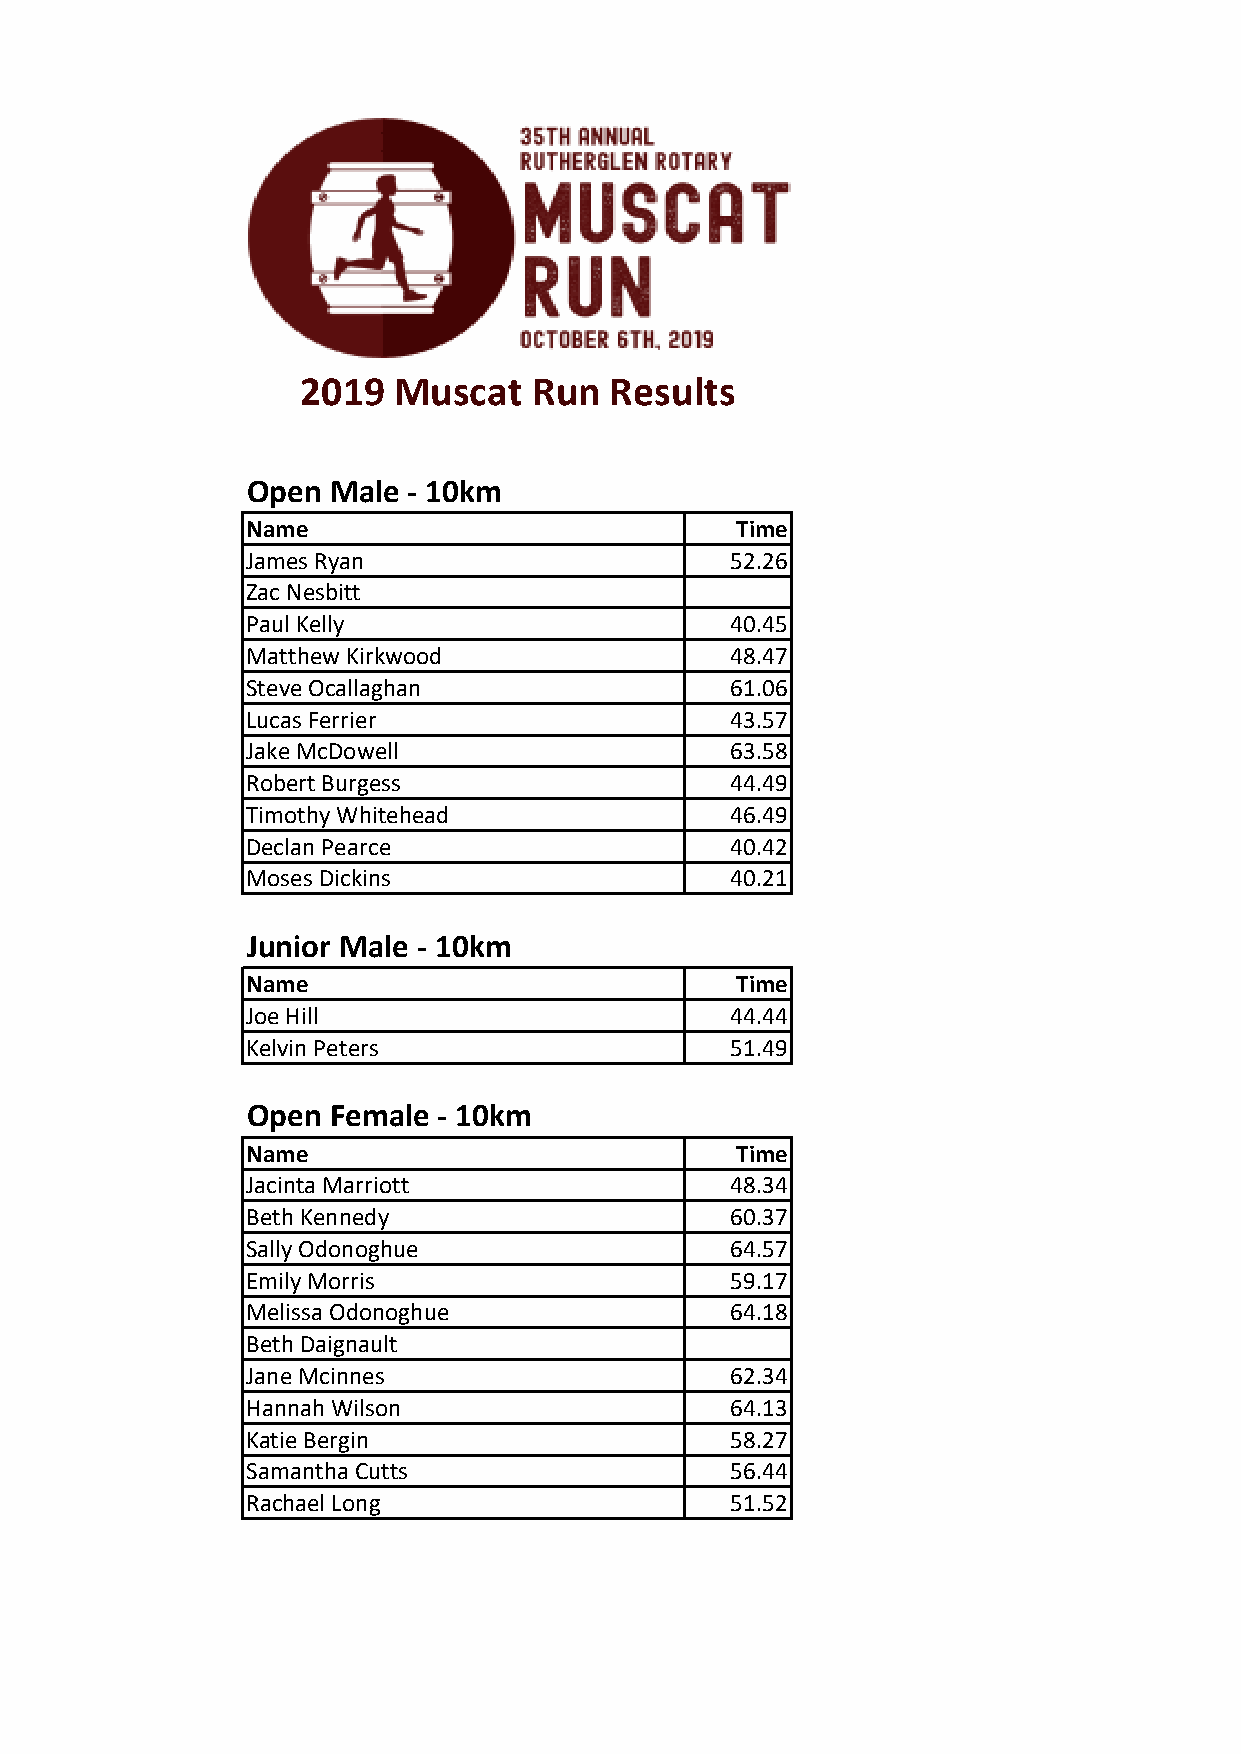
2019  Muscat   Run  Results
 Open  Male - 10km
 Name                             Time
 James Ryan                      52.26
 Zac Nesbitt
 Paul Kelly                      40.45
 Matthew Kirkwood                48.47
 Steve Ocallaghan                61.06
 Lucas Ferrier                   43.57
 Jake McDowell                   63.58
 Robert Burgess                  44.49
 Timothy Whitehead               46.49
 Declan Pearce                   40.42
 Moses Dickins                   40.21
 Junior Male - 10km
 Name                             Time
 Joe Hill                        44.44
 Kelvin Peters                   51.49
 Open  Female - 10km
 Name                             Time
 Jacinta Marriott                48.34
 Beth Kennedy                    60.37
 Sally Odonoghue                 64.57
 Emily Morris                    59.17
 Melissa Odonoghue               64.18
 Beth Daignault
 Jane Mcinnes                    62.34
 Hannah Wilson                   64.13
 Katie Bergin                    58.27
 Samantha Cutts                  56.44
 Rachael Long                    51.52